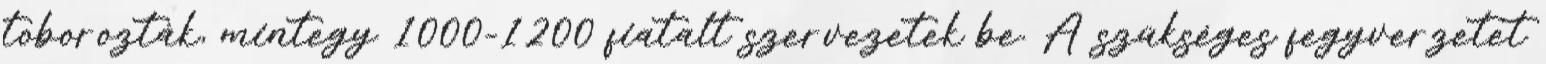
toborozták, mintegy 1000-1200 fiatalt szervezetek be. A szükséges fegyverzetet